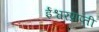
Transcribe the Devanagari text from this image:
ईश्वरप्राप्‍ती